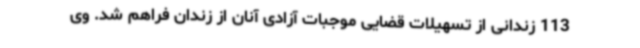
113 زندانی از تسهیلات قضایی موجبات آزادی آنان از زندان فراهم شد. وی